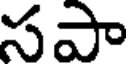
సపా